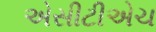
એસીટીએચ